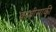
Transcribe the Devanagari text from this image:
कावीसाकी